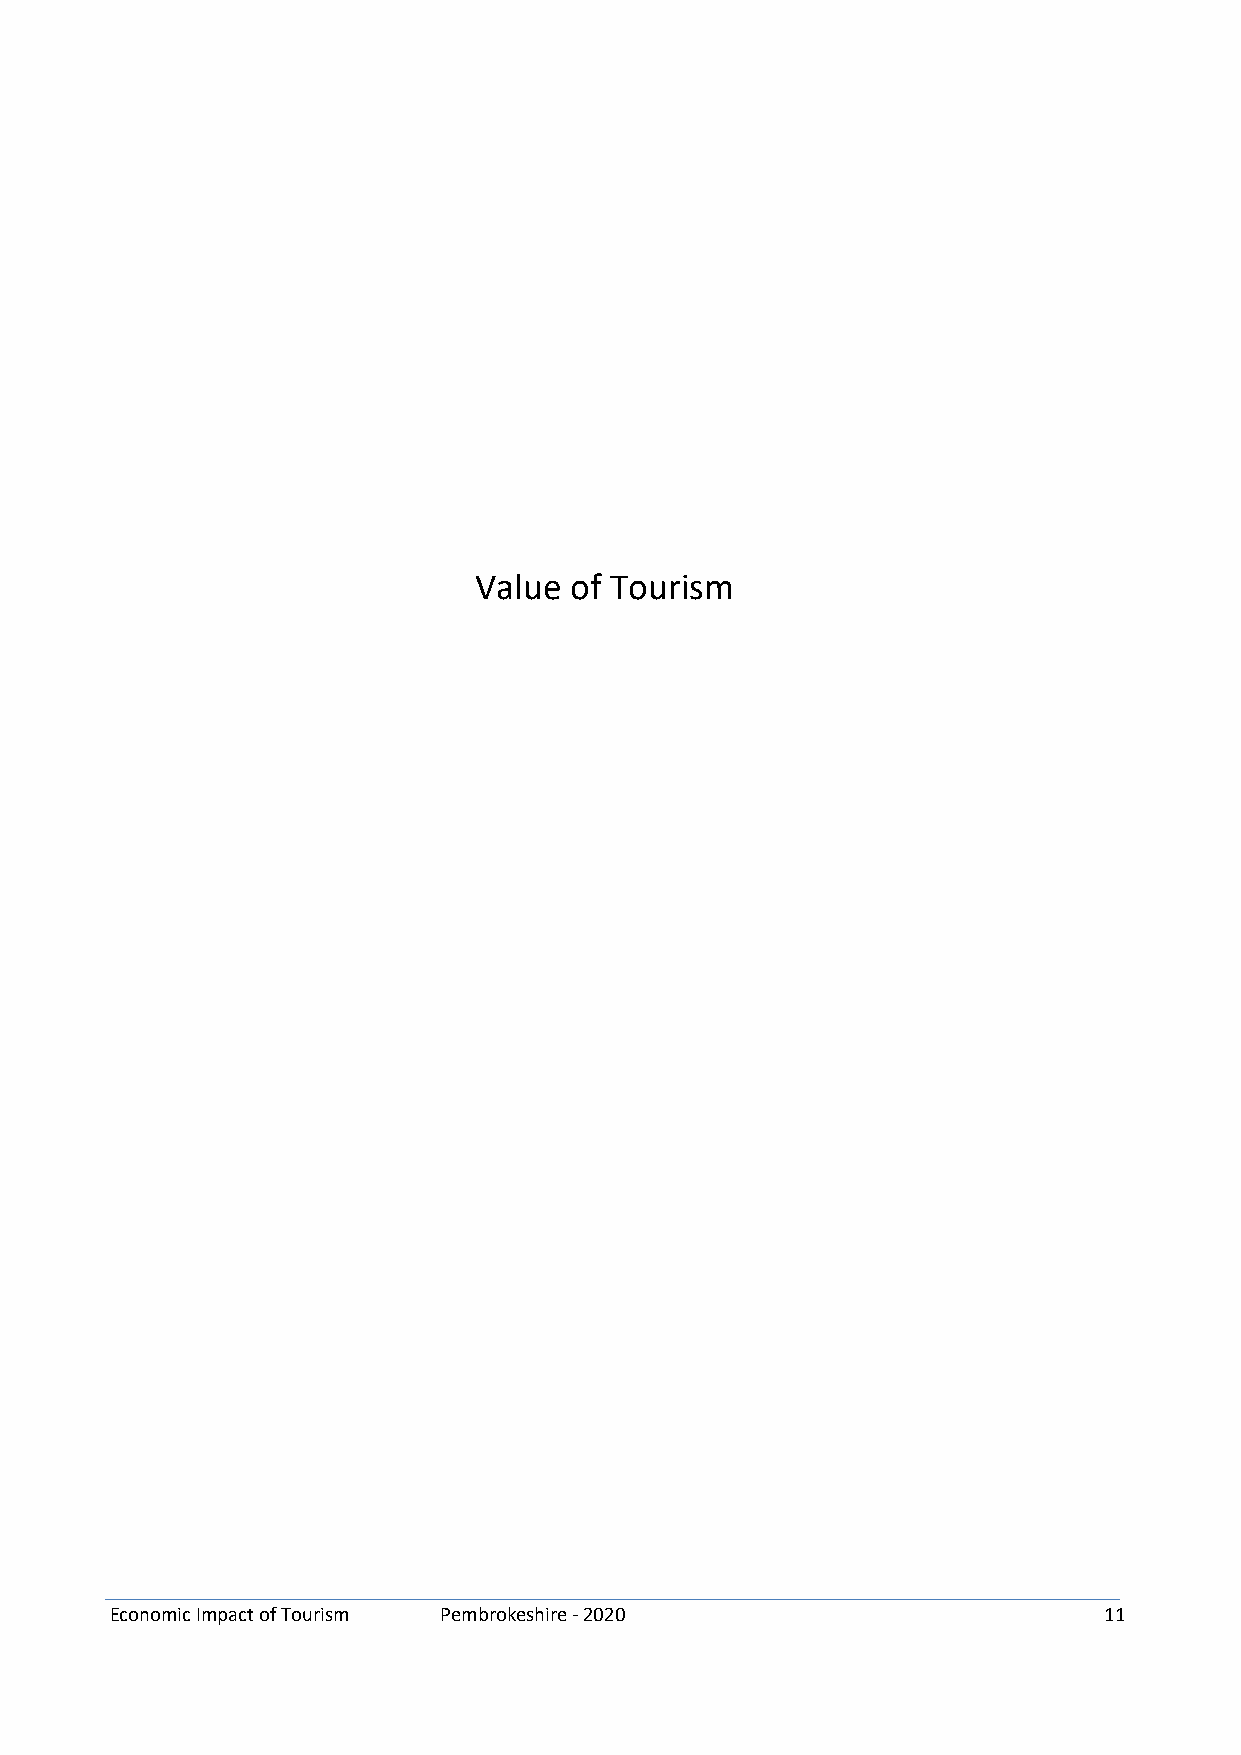
Value  of Tourism
 Economic Impact of Tourism Pembrokeshire - 2020                   11